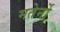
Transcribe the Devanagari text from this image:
मतेर्नो